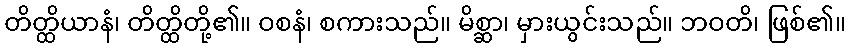
တိတ္ထိယာနံ၊ တိတ္ထိတို့၏။ ဝစနံ၊ စကားသည်။ မိစ္ဆာ၊ မှားယွင်းသည်။ ဘဝတိ၊ ဖြစ်၏။